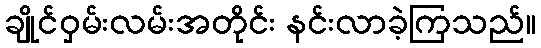
ချိုင်ဝှမ်းလမ်းအတိုင်း နင်းလာခဲ့ကြသည်။